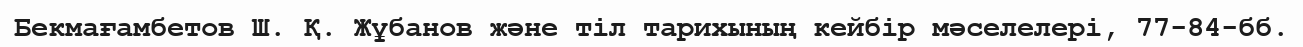
Бекмағамбетов Ш. Қ. Жұбанов және тіл тарихының кейбір мәселелері, 77-84-бб.